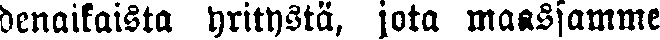
denaikaista yritystä, jota maassamme